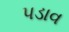
પડાવ